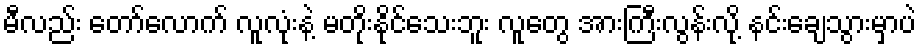
မီလည်း တော်လောက် လူလုံးနဲ့ မတိုးနိုင်သေးဘူး လူတွေ အားကြီးလွန်းလို့ နင်းချေသွားမှာပဲ